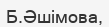
Б.Әшімова,